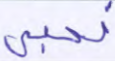
نحيي